Civil Veterinary Dept. Bombay admin report 1907-1913 - 1907-1913
Year: 1907
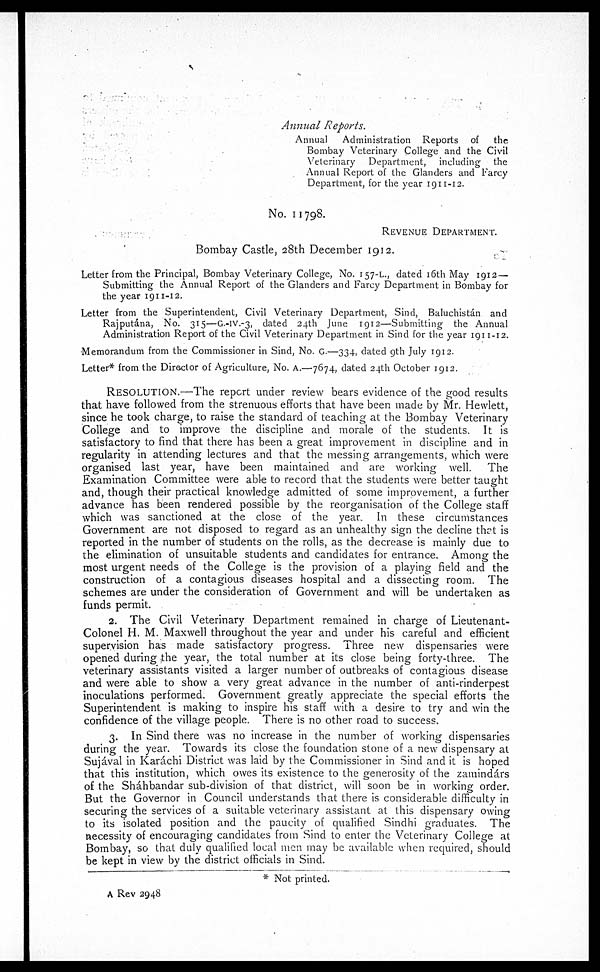
Annual Reports.
Annual
Administration Reports of
the
Bombay Veterinary College and the Civil
Veterinary Department, including the
Annual Report of the Glanders and Farcy
Department, for the year 1911-12.
No. 11798.
REVENUE DEPARTMENT.
Bombay Castle, 28th December 1912.
Letter from the Principal, Bombay Veterinary College, No. 157-L., dated 16th May 1912—
Submitting the Annual Report of the Glanders and Farcy Department in Bombay for
the year 1911-12.
Letter from the Superintendent, Civil Veterinary Department, Sind, Baluchistan and
Rajputána, No. 315—G.-IV.-3, dated 24th June 1912—Submitting the Annual
Administration Report of the Civil Veterinary Department in Sind for the year 1911-12.
Memorandum from the Commissioner in Sind, No. G.—334, dated 9th July 1912.
Letter* from the Director of Agriculture, No. A.—7674, dated 24th October 1912.
RESOLUTION.—The report under review bears evidence of the good results
that have followed from the strenuous efforts that have been made by Mr. Hewlett,
since he took charge, to raise the standard of teaching at the Bombay Veterinary
College and to improve the discipline and morale of the students. It is
satisfactory to find that there has been a great improvement in discipline and in
regularity in attending lectures and that the messing arrangements, which were
organised last year, have been maintained and are working well. The
Examination Committee were able to record that the students were better taught
and, though their practical knowledge admitted of some improvement, a further
advance has been rendered possible by the reorganisation of the College staff
which was sanctioned at the close of the year. In these circumstances
Government are not disposed to regard as an unhealthy sign the decline that is
reported in the number of students on the rolls, as the decrease is mainly due to
the elimination of unsuitable students and candidates for entrance. Among the
most urgent needs of the College is the provision of a playing field and the
construction of a contagious diseases hospital and a dissecting room. The
schemes are under the consideration of Government and will be undertaken as
funds permit.
2. The Civil Veterinary Department remained in charge of Lieutenant-
Colonel H. M. Maxwell throughout the year and under his careful and efficient
supervision has made satisfactory progress. Three new dispensaries were
opened during the year, the total number at its close being forty-three. The
veterinary assistants visited a larger number of outbreaks of contagious disease
and were able to show a very great advance in the number of anti-rinderpest
inoculations performed. Government greatly appreciate the special efforts the
Superintendent is making to inspire his staff with a desire to try and win the
confidence of the village people. There is no other road to success.
3. In Sind there was no increase in the number of working dispensaries
during the year. Towards its close the foundation stone of a new dispensary at
Sujával in Karáchi District was laid by the Commissioner in Sind and it is hoped
that this institution, which owes its existence to the generosity of the zamindárs
of the Sháhbandar sub-division of that district, will soon be in working order.
But the Governor in Council understands that there is considerable difficulty in
securing the services of a suitable veterinary assistant at this dispensary owing
to its isolated position and the paucity of qualified Sindhi graduates. The
necessity of encouraging candidates from Sind to enter the Veterinary College at
Bombay, so that duly qualified local men may be available when required, should
be kept in view by the district officials in Sind.
* Not printed.
A Rev 2948